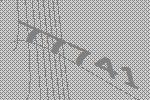
77741